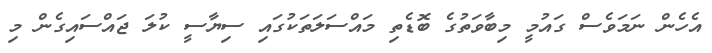
އެހެން ނަމަވެސް ގައުމީ މިބާވަތުގެ ބޮޑެތި މައްސަލަތަކުގައި ސިޔާސީ ކުލަ ޖައްސައިގެން މި